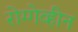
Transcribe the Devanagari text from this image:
रोग्गेव्हीन